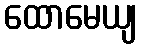
ထောမေယျ